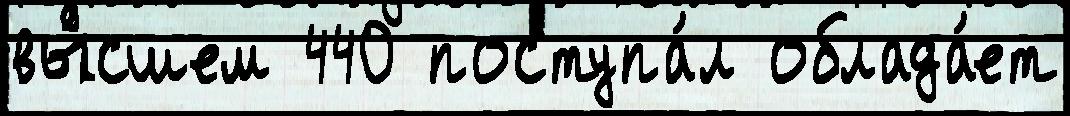
вы́сшем 440 поступа́л облада́ет